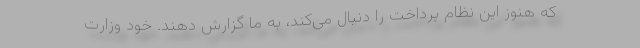
که هنوز این نظام پرداخت را دنبال می‌کند، به ما گزارش دهند. خود وزارت